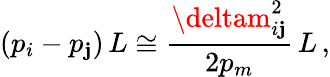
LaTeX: (p_{i}-p_{\mathbf{j}})\, L\cong\frac{{\deltam_{i\mathbf{j}}^{2}}}{{2p_{m}}}\, L\, ,